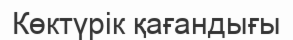
Көктүрік қағандығы